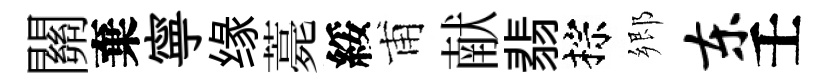
關棄寧缘薧綏甫献翡棕郷东壬